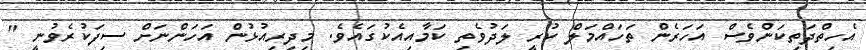
އެހިތްދަތިކަންވެސް އަހަރެން ތަހައްމަލް ކުރީ ލަދުވެތި ކަމާއިއެކުގައެވެ. މިދިރިއުޅުން އަހަންނަށް ސިފަކުރެވުނީ "